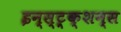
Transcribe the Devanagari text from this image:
इन्स्ट्र्क्शन्स